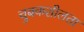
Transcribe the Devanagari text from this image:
चुबकशीलता